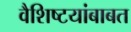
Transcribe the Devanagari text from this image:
वैशिष्टयांबाबत